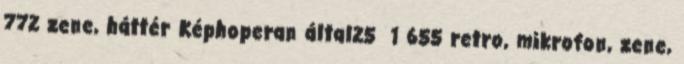
772 zene, háttér Képhoperan által25 1 655 retro, mikrofon, zene,